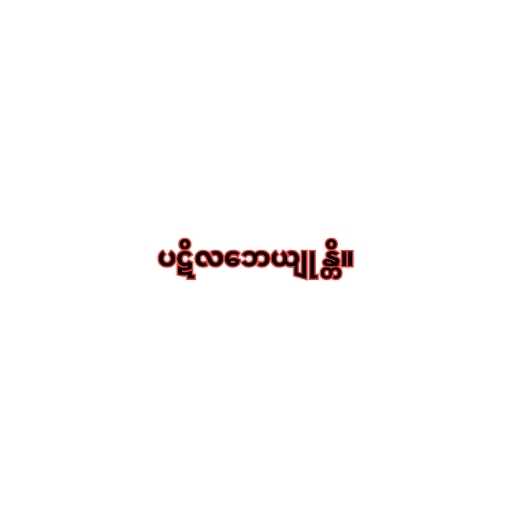
ပဋိလဘေယျုန္တိ။